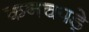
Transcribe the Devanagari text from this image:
कनचपड़े